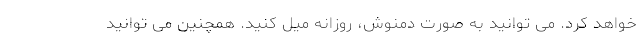
خواهد کرد. می توانید به صورت دمنوش، روزانه میل کنید. همچنین می توانید